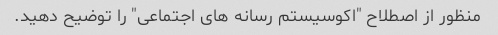
منظور از اصطلاح "اکوسیستم رسانه های اجتماعی" را توضیح دهید.